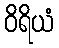
ဝိရိယံ